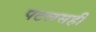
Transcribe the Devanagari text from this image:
पटलसही